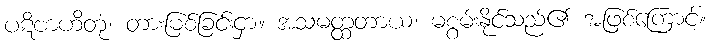
ပဋိဗာဟိတုံ၊ တားမြစ်ခြင်းငှာ။ အသမတ္ထတာယ၊ မစွမ်းနိုင်သည်၏ အဖြစ်ကြောင့်။